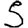
Digit: 5